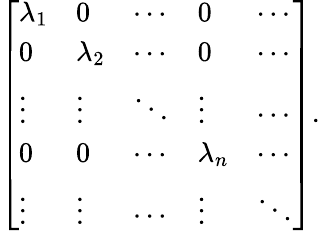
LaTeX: {\left[\begin{array}{lllll}{\lambda_{1}}&{0}&{\cdots}&{0}&{\cdots}\\ {0}&{\lambda_{2}}&{\cdots}&{0}&{\cdots}\\ {\vdots}&{\vdots}&{\ddots}&{\vdots}&{\cdots}\\ {0}&{0}&{\cdots}&{\lambda_{n}}&{\cdots}\\ {\vdots}&{\vdots}&{\cdots}&{\vdots}&{\ddots}\end{array}\right]}.